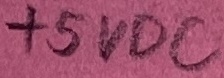
Text: +5VDC